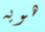
هويه